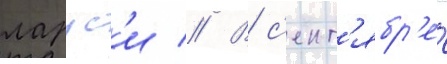
ларус'и // В с'ент'ябр'е́